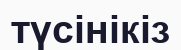
түсінікіз